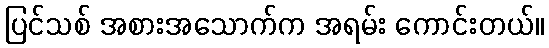
ပြင်သစ် အစားအသောက်က အရမ်း ကောင်းတယ်။